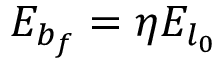
E _ { b _ { f } } = \eta E _ { l _ { 0 } }